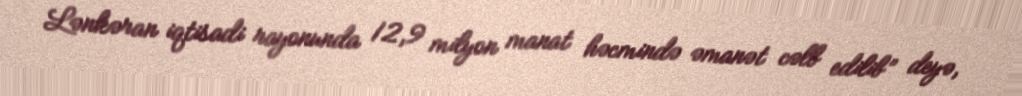
Lənkəran iqtisadi rayonunda 12,9 milyon manat həcmində əmanət cəlb edilib” deyə,